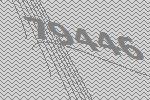
79446